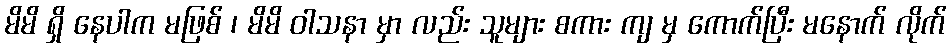
မိမိ ရှိ နေပါက မဖြစ် ၊ မိမိ ဝါသနာ မှာ လည်း သူများ စကား ကျ မှ ကောက်ပြီး မနောက် လိုက်